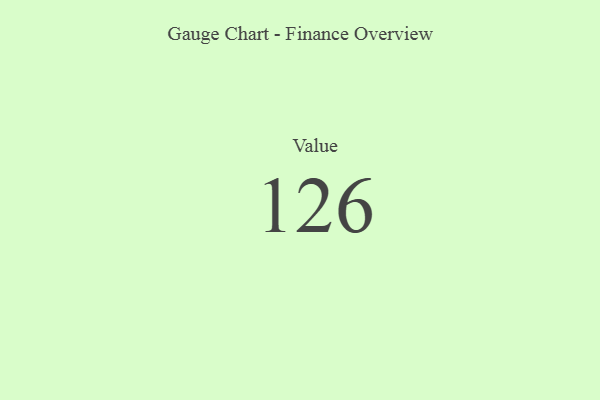
{"axis": {"x": "Metric", "y": "Value"}, "legend": [""], "data": [{"x": "Value", "y": 126, "type": ""}]}